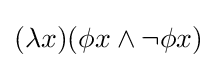
(\lambda x)(\phi x\land \neg \phi x)